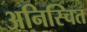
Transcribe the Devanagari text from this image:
अनिस्चित